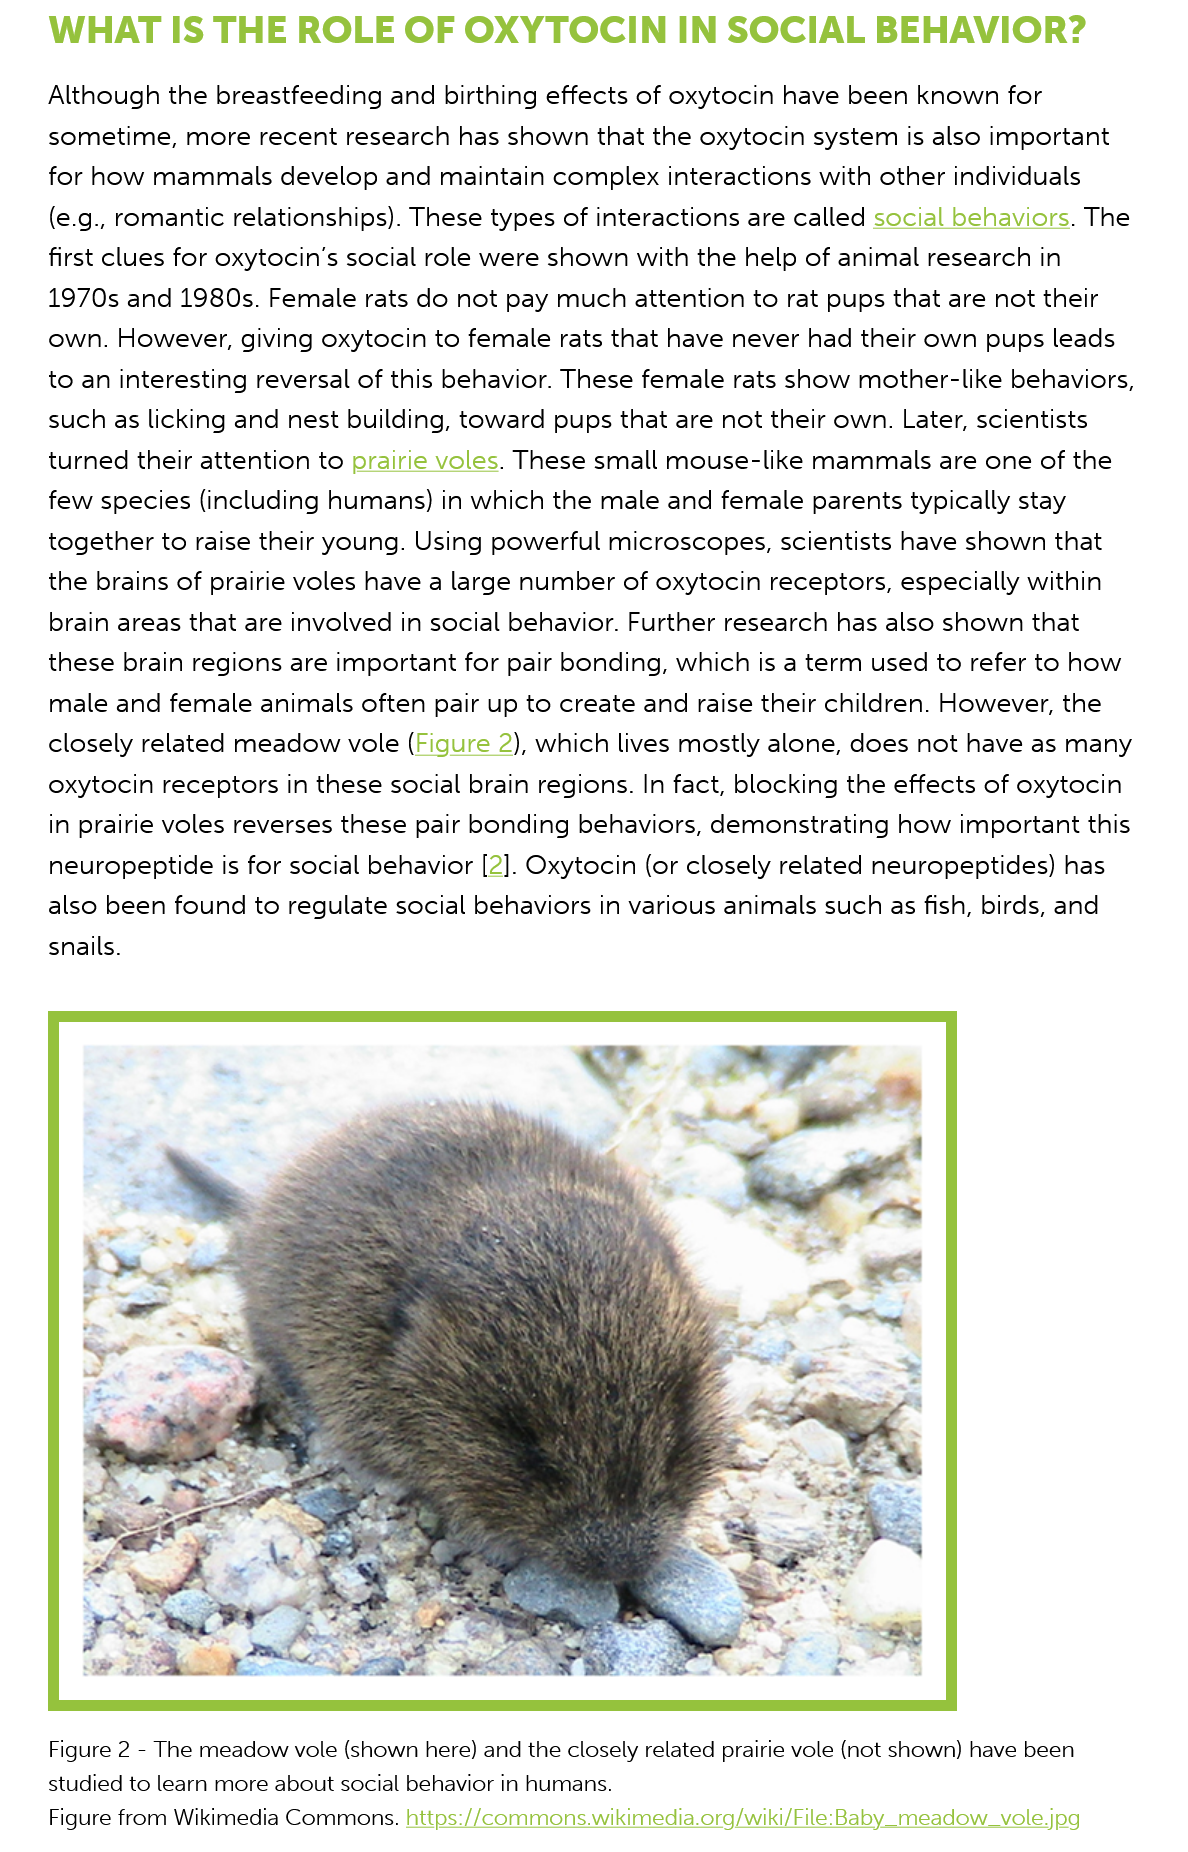
WHAT   IS    THE    ROLE    OF   OXYTOCIN    IN  SOCIAL    BEHAVIOR?
     Although the  breastfeeding and  birthing effects of oxytocin have been known for
     sometime,  more  recent  research has shown that  the oxytocin  system is also important
     for how mammals    develop  and maintain  complex  interactions with other individuals
     (e.g., romantic relationships). These types of interactions are called social behaviors. The
     first clues for oxytocin’s social role were shown with the help of animal research in
     1970s and  1980s. Female  rats do not pay much attention   to rat pups that are not their
     own. However,   giving oxytocin to female rats that have never had their own  pups leads
     to an interesting reversal of this behavior. These female rats show mother-like behaviors,
     such as licking and nest building, toward pups that are not their own. Later, scientists
     turned their attention to prairie voles. These small mouse-like mammals   are one of the
     few species (including humans)   in which the male and  female  parents typically stay
     together to raise their young. Using powerful microscopes,   scientists have shown that
     the brains of prairie voles have a large number of oxytocin receptors, especially within
     brain areas that are involved in social behavior. Further research has also shown that
     these brain regions are important for pair bonding, which is a term used  to refer to how
     male and  female animals  often pair up to create and raise their children. However, the
     closely related meadow   vole (Figure 2), which lives mostly alone, does not have as many
     oxytocin receptors  in these social brain regions. In fact, blocking the effects of oxytocin
     in prairie voles reverses these pair bonding behaviors, demonstrating  how  important this
     neuropeptide is for social behavior [2]. Oxytocin (or closely related neuropeptides) has
     also been found  to regulate social behaviors in various animals such as fish, birds, and
     snails.
     Figure 2
     -
     The meadow vole (shown here) and the closely related prairie vole (not shown) have been
     studied to learn more about social behavior in humans.
     Figure from Wikimedia Commons. https://commons.wikimedia.org/wiki/File:Baby meadow. vole.jpg